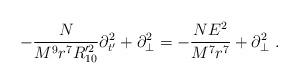
LaTeX: \begin{align*}-\frac{N }{M^9 r^7 R'^2_{10}}\partial_{t'}^2 +\partial_\perp^2 = -\frac{N E^2}{M^7 r^7 }+ \partial_\perp^2 \ .\end{align*}